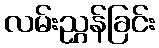
လမ်းညွှန်ခြင်း